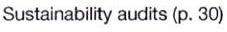
Sustainability audits (p. 30)